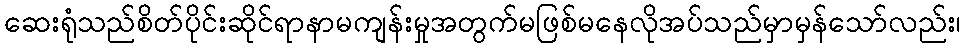
ဆေးရုံသည်စိတ်ပိုင်းဆိုင်ရာနာမကျန်းမှုအတွက်မဖြစ်မနေလိုအပ်သည်မှာမှန်သော်လည်း၊